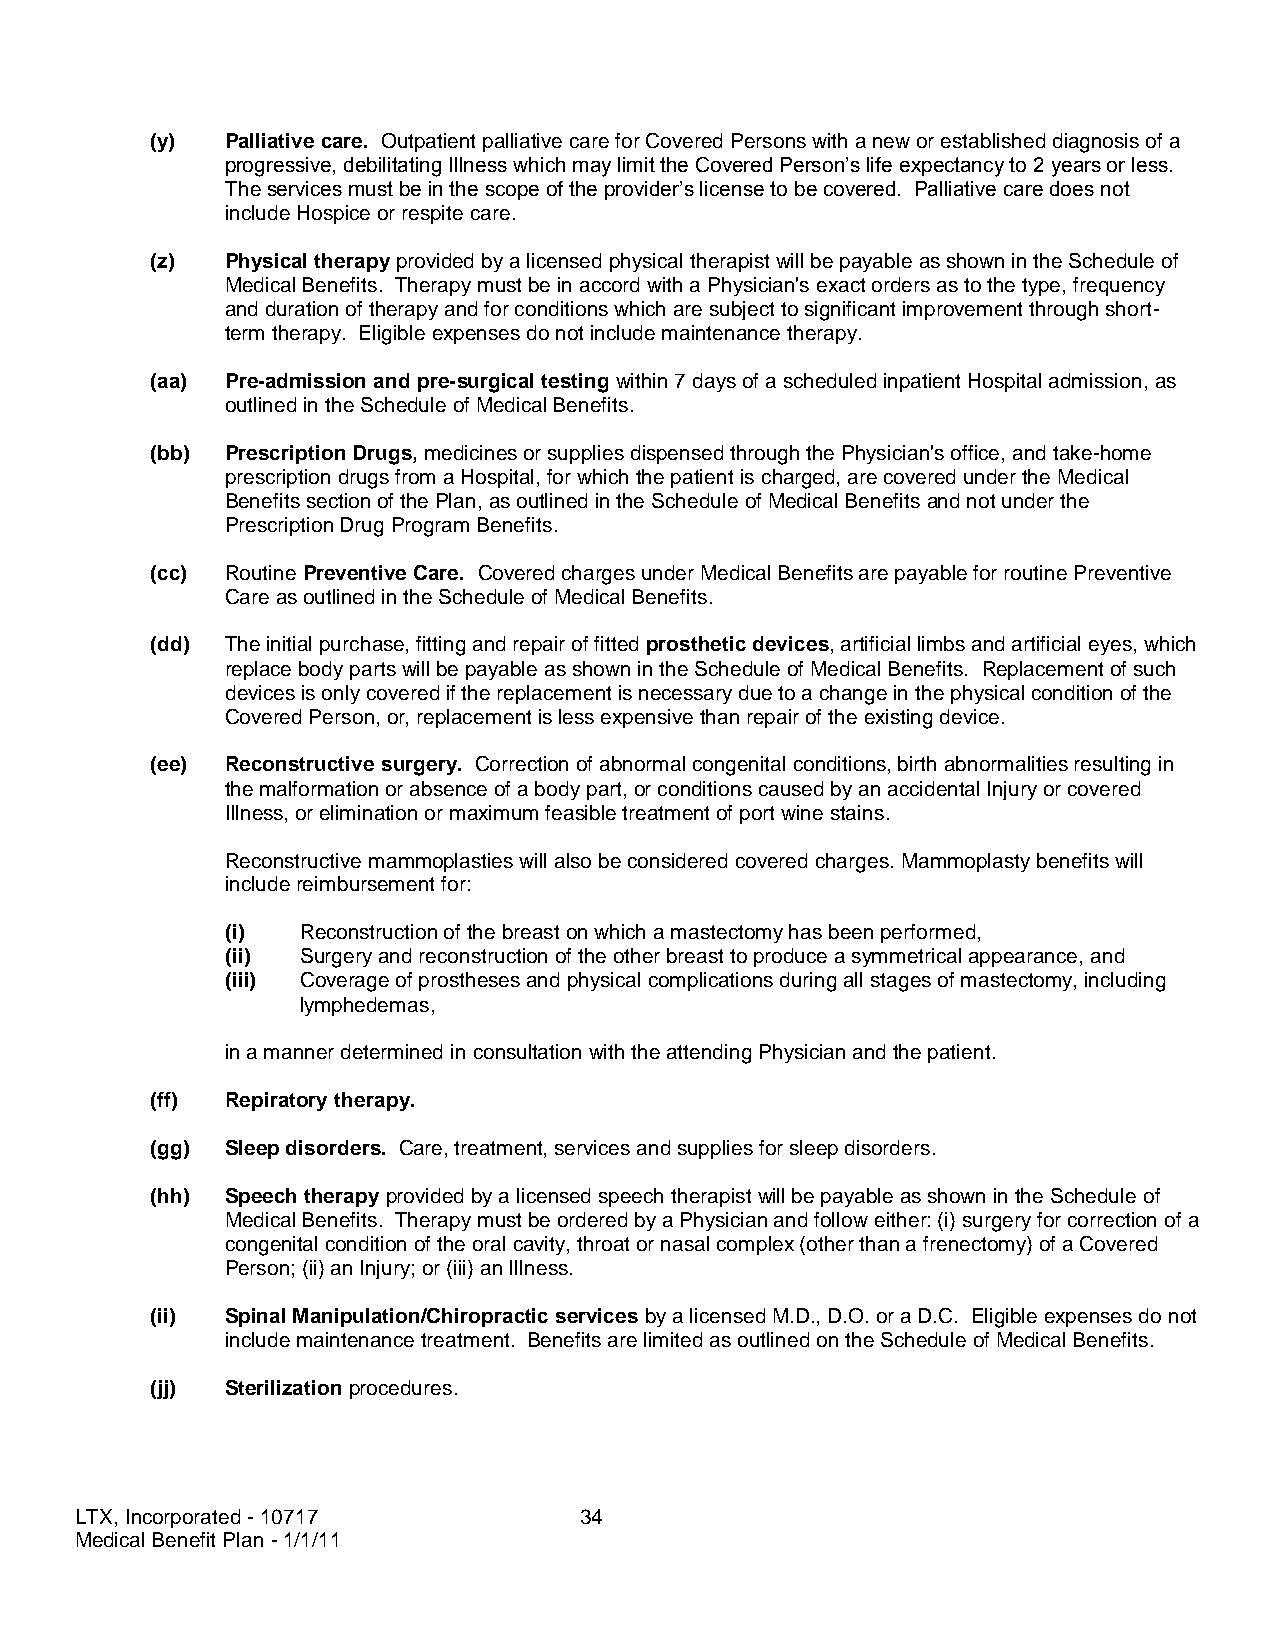
(y)  Palliative care. Outpatient palliative care for Covered Persons with a new or established diagnosis of a
 progressive, debilitating Illness which may limit the Covered Person’s life expectancy to 2 years or less.
 The services must be in the scope of the provider’s license to be covered. Palliative care does not
 include Hospice or respite care.
 (z)  Physical therapy provided by a licensed physical therapist will be payable as shown in the Schedule of
 Medical Benefits. Therapy must be in accord with a Physician's exact orders as to the type, frequency
 and duration of therapy and for conditions which are subject to significant improvement through short-
 term therapy. Eligible expenses do not include maintenance therapy.
 (aa) Pre-admission and pre-surgical testing within 7 days of a scheduled inpatient Hospital admission, as
 outlined in the Schedule of Medical Benefits.
 (bb) Prescription Drugs, medicines or supplies dispensed through the Physician's office, and take-home
 prescription drugs from a Hospital, for which the patient is charged, are covered under the Medical
 Benefits section of the Plan, as outlined in the Schedule of Medical Benefits and not under the
 Prescription Drug Program Benefits.
 (cc) Routine Preventive Care. Covered charges under Medical Benefits are payable for routine Preventive
 Care as outlined in the Schedule of Medical Benefits.
 (dd) The initial purchase, fitting and repair of fitted prosthetic devices, artificial limbs and artificial eyes, which
 replace body parts will be payable as shown in the Schedule of Medical Benefits. Replacement of such
 devices is only covered if the replacement is necessary due to a change in the physical condition of the
 Covered Person, or, replacement is less expensive than repair of the existing device.
 (ee) Reconstructive surgery. Correction of abnormal congenital conditions, birth abnormalities resulting in
 the malformation or absence of a body part, or conditions caused by an accidental Injury or covered
 Illness, or elimination or maximum feasible treatment of port wine stains.
 Reconstructive mammoplasties will also be considered covered charges. Mammoplasty benefits will
 include reimbursement for:
 (i)  Reconstruction of the breast on which a mastectomy has been performed,
 (ii) Surgery and reconstruction of the other breast to produce a symmetrical appearance, and
 (iii) Coverage of prostheses and physical complications during all stages of mastectomy, including
 lymphedemas,
 in a manner determined in consultation with the attending Physician and the patient.
 (ff) Repiratory therapy.
 (gg) Sleep disorders. Care, treatment, services and supplies for sleep disorders.
 (hh) Speech therapy provided by a licensed speech therapist will be payable as shown in the Schedule of
 Medical Benefits. Therapy must be ordered by a Physician and follow either: (i) surgery for correction of a
 congenital condition of the oral cavity, throat or nasal complex (other than a frenectomy) of a Covered
 Person; (ii) an Injury; or (iii) an Illness.
 (ii) Spinal Manipulation/Chiropractic services by a licensed M.D., D.O. or a D.C. Eligible expenses do not
 include maintenance treatment. Benefits are limited as outlined on the Schedule of Medical Benefits.
 (jj) Sterilization procedures.
 LTX, Incorporated - 10717        34
 Medical Benefit Plan - 1/1/11